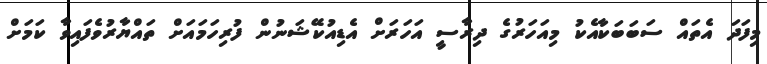
މިފަދަ އެތައް ސަބަބަކާއެކު މިއަހަރުގެ ދިރާސީ އަހަރަށް އެޑިއުކޭޝަނުން ފުރިހަމައަށް ތައްޔާރުވެފައިވާ ކަމަށް